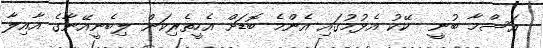
އަސްމާ ބުނީ  ކޭކު އެޅުމުގައި އެންމެ ބޮޑަށް އެހީތެރިކަން ލިބެނީއޭނާގެ އާއިލާ